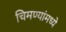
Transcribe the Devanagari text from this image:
चिमण्यांमध्ये